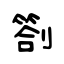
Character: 劄